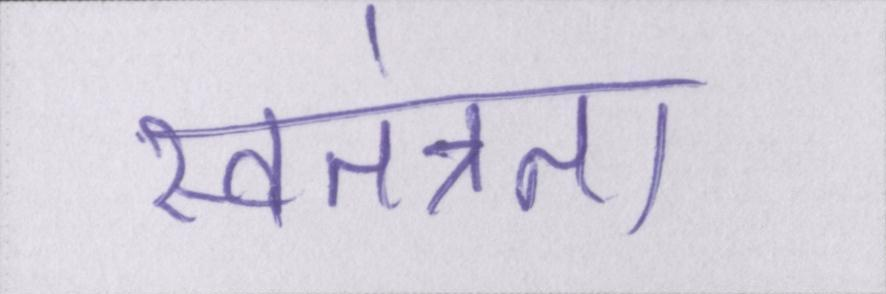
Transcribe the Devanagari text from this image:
स्वतंत्रता